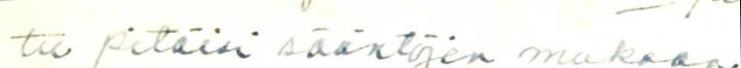
tu pitäisi sääntöjen mukaan